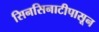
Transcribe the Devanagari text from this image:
सिनसिनाटीपासून